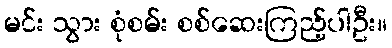
မင်း သွား စုံစမ်း စစ်ဆေးကြည့်ပါဦး။